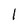
Character: 1